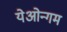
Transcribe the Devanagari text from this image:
येओन्गम